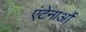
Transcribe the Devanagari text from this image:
एंटेनाओं